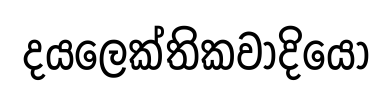
දයලෙක්තිකවාදියො